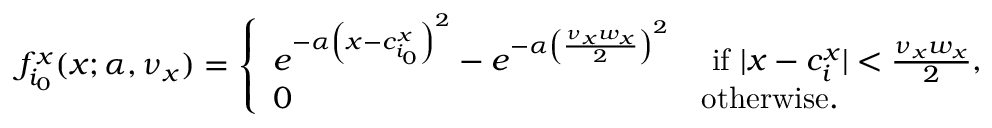
f _ { i _ { 0 } } ^ { x } ( x ; \alpha , \nu _ { x } ) = \left\{ \begin{array} { l l } { e ^ { - \alpha \left( x - c _ { i _ { 0 } } ^ { x } \right) ^ { 2 } } - e ^ { - \alpha \left( \frac { \nu _ { x } w _ { x } } { 2 } \right) ^ { 2 } } } & { \mathrm { ~ i f ~ } \lvert x - c _ { i } ^ { x } \rvert < \frac { \nu _ { x } w _ { x } } { 2 } , } \\ { 0 } & { \mathrm { o t h e r w i s e . } } \end{array} \right.